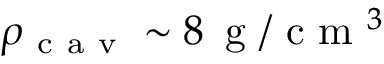
\rho _ { \mathrm { ~ c ~ a ~ v ~ } } \sim 8 \, \mathrm { ~ g ~ } / \mathrm { ~ c ~ m ~ } ^ { 3 }